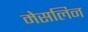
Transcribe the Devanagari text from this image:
मेसलिन